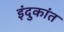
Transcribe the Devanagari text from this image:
इंदुकांत